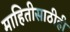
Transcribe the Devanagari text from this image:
माहितीसाठीही